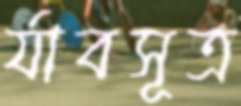
র‍্যাবসূত্র